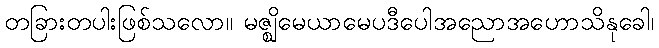
တခြားတပါးဖြစ်သလော။ မဇ္ဈိမေယာမေပဒီပေါအညောအဟောသိနုခေါ၊